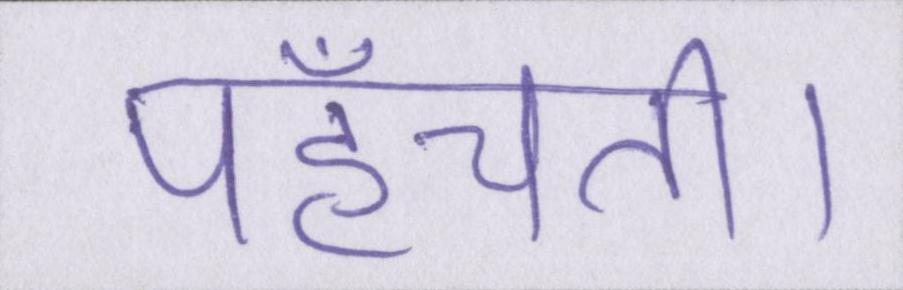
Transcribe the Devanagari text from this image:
पहुँचती।